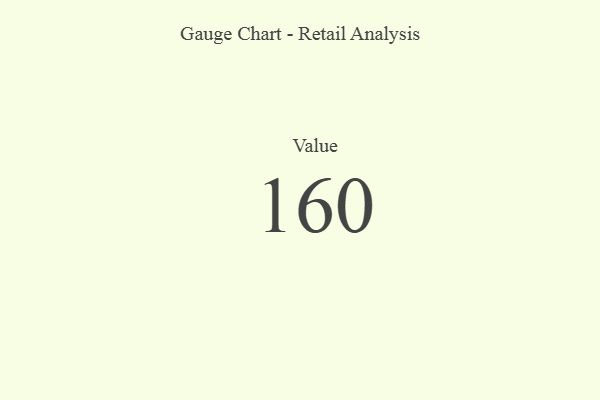
{"axis": {"x": "Metric", "y": "Value"}, "legend": [""], "data": [{"x": "Value", "y": 160, "type": ""}]}